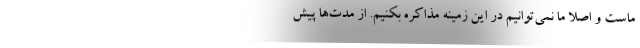
ماست و اصلاً ما نمی‌توانیم در این زمینه مذاکره بکنیم. از مدت‌ها پیش